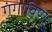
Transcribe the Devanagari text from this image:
गंगाविष्णु